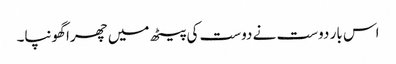
اس بار دوست نے دوست کی پیٹھ میں چھرا گھونپا۔